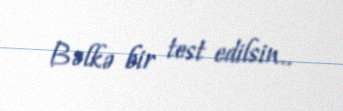
Bəlkə bir test edilsin..